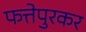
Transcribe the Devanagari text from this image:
फत्तेपुरकर